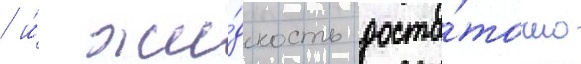
/ и́ жи́дкость доста́точно